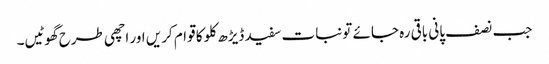
جب نصف پانی باقی رہ جائے تو نبات سفید ڈیڑھ کلو کا قوام کریں اور اچھی طرح گھوٹیں۔